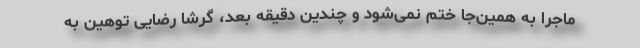
ماجرا به همین‌جا ختم نمی‌شود و چندین دقیقه بعد، گرشا رضایی توهین به